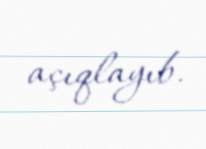
açıqlayıb.